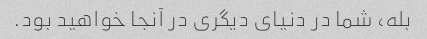
بله، شما در دنیای دیگری در آنجا خواهید بود.